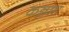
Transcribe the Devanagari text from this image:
कन्नमा